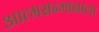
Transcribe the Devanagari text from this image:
आत्मसन्मानाला